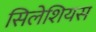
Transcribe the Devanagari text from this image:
सिलेशियस